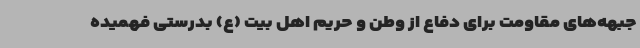
جبهه‌های مقاومت برای دفاع از وطن و حریم اهل بیت (ع) بدرستی فهمیده